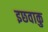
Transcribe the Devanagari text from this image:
इछवाकु